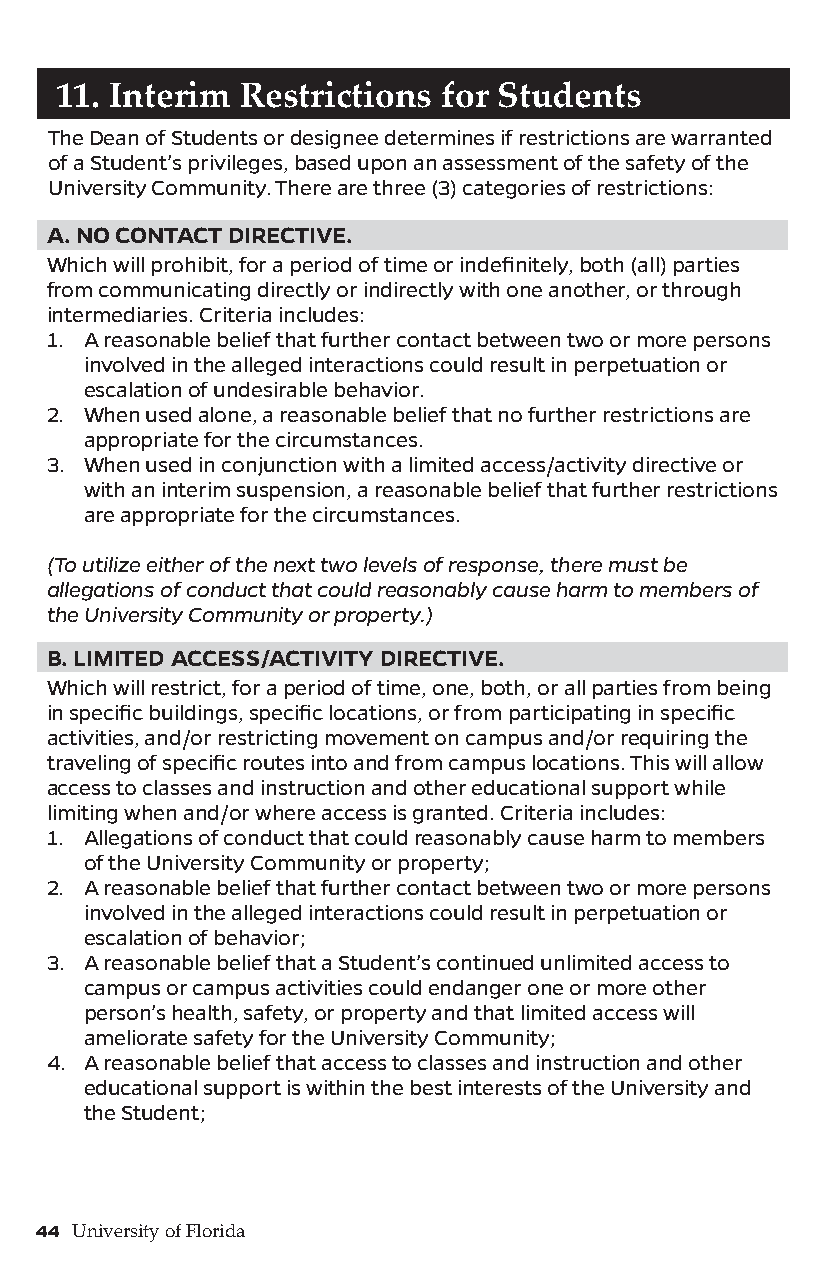
11. Interim Restrictions for Students
 The Dean of Students or designee determines if restrictions are warranted
 of a Student’s privileges, based upon an assessment of the safety of the
 University Community. There are three (3) categories of restrictions:
 A. NO CONTACT DIRECTIVE.
 Which will prohibit, for a period of time or indefinitely, both (all) parties
 from communicating directly or indirectly with one another, or through
 intermediaries. Criteria includes:
 1. A reasonable belief that further contact between two or more persons
 involved in the alleged interactions could result in perpetuation or
 escalation of undesirable behavior.
 2. When used alone, a reasonable belief that no further restrictions are
 appropriate for the circumstances.
 3. When used in conjunction with a limited access/activity directive or
 with an interim suspension, a reasonable belief that further restrictions
 are appropriate for the circumstances.
 (To utilize either of the next two levels of response, there must be
 allegations of conduct that could reasonably cause harm to members of
 the University Community or property.)
 B. LIMITED ACCESS/ACTIVITY DIRECTIVE.
 Which will restrict, for a period of time, one, both, or all parties from being
 in specific buildings, specific locations, or from participating in specific
 activities, and/or restricting movement on campus and/or requiring the
 traveling of specific routes into and from campus locations. This will allow
 access to classes and instruction and other educational support while
 limiting when and/or where access is granted. Criteria includes:
 1. Allegations of conduct that could reasonably cause harm to members
 of the University Community or property;
 2. A reasonable belief that further contact between two or more persons
 involved in the alleged interactions could result in perpetuation or
 escalation of behavior;
 3. A reasonable belief that a Student’s continued unlimited access to
 campus or campus activities could endanger one or more other
 person’s health, safety, or property and that limited access will
 ameliorate safety for the University Community;
 4. A reasonable belief that access to classes and instruction and other
 educational support is within the best interests of the University and
 the Student;
 44 University of Florida